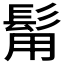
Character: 𩬮